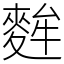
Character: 麰